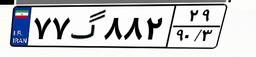
۲۴گ۹۰۱۰۶